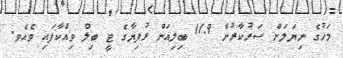
މަހުގެ ނިޔަލަށް ސަރުކާރުން 11.9 ބިލިއަން ރުފިޔާގެ ޓީ ބިލް ވިއްކާފައި ވެއެެވ.